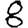
Digit: 8